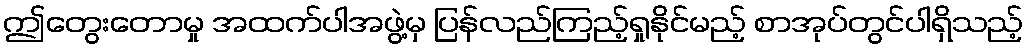
ဤတွေးတောမှု အထက်ပါအဖွဲ့မှ ပြန်လည်ကြည့်ရှုနိုင်မည့် စာအုပ်တွင်ပါရှိသည့်